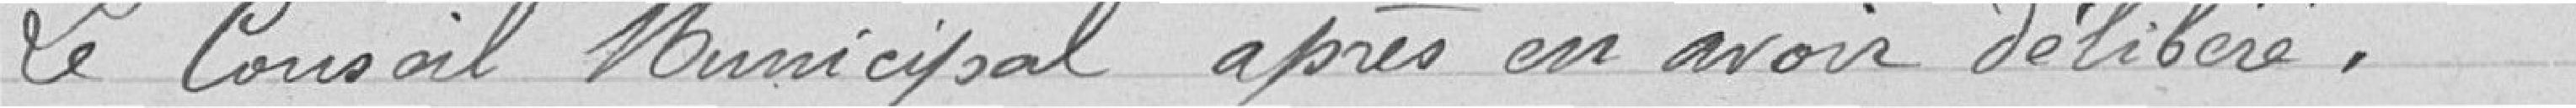
Le Conseil Municipal après en avoir délibéré,